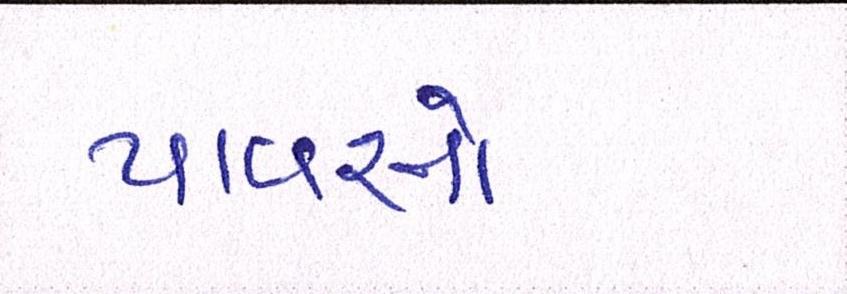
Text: પાવરને